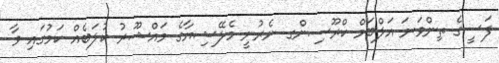
ފަސީގެ ތިންވަނަ އަލްބަމް ކްރޫސިންގ ނެރުނީ މެލޭޝިޔާގެ މައްޝޫރު ކުލަބެއް ކަމުގައި ވާ